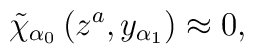
\tilde{\chi}_{\alpha _{0}}\left( z^{a},y_{\alpha _{1}}\right) \approx 0,